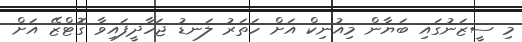
މި ސީޒަނުގައި ބަޔާން މިއުނިކް އަށް ހަތަރު ލަނޑު ޖަހާދީފައިވާ ގޮޓްޒޭ އަށް